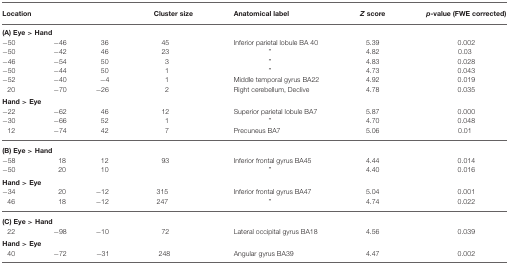
<table><thead><tr><td colspan="3"><b>Location</b></td><td><b>Cluster size</b></td><td><b>Anatomical label</b></td><td><b><i>Z</i> score</b></td><td><b><i>p</i>-value (FWE corrected)</b></td></tr></thead><tbody><tr><td><b>(A) Eye &gt; Hand</b></td></tr><tr><td>−50</td><td>−46</td><td>36</td><td>45</td><td>Inferior parietal lobule BA 40</td><td>5.39</td><td>0.002</td></tr><tr><td>−50</td><td>−42</td><td>46</td><td>23</td><td>”</td><td>4.82</td><td>0.03</td></tr><tr><td>−46</td><td>−54</td><td>50</td><td>3</td><td>”</td><td>4.83</td><td>0.028</td></tr><tr><td>−50</td><td>−44</td><td>50</td><td>1</td><td>”</td><td>4.73</td><td>0.043</td></tr><tr><td>−52</td><td>−40</td><td>−4</td><td>1</td><td>Middle temporal gyrus BA22</td><td>4.92</td><td>0.019</td></tr><tr><td>20</td><td>−70</td><td>−26</td><td>2</td><td>Right cerebellum, Declive</td><td>4.78</td><td>0.035</td></tr><tr><td><b>Hand &gt; Eye</b></td></tr><tr><td>−22</td><td>−62</td><td>46</td><td>12</td><td>Superior parietal lobule BA7</td><td>5.87</td><td>0.000</td></tr><tr><td>−30</td><td>−66</td><td>52</td><td>1</td><td>”</td><td>4.70</td><td>0.048</td></tr><tr><td>12</td><td>−74</td><td>42</td><td>7</td><td>Precuneus BA7</td><td>5.06</td><td>0.01</td></tr><tr><td><b>(B) Eye &gt; Hand</b></td></tr><tr><td>−58</td><td>18</td><td>12</td><td>93</td><td>Inferior frontal gyrus BA45</td><td>4.44</td><td>0.014</td></tr><tr><td>−50</td><td>20</td><td>10</td><td></td><td>”</td><td>4.40</td><td>0.016</td></tr><tr><td><b>Hand &gt; Eye</b></td></tr><tr><td>−34</td><td>20</td><td>−12</td><td>315</td><td>Inferior frontal gyrus BA47</td><td>5.04</td><td>0.001</td></tr><tr><td>46</td><td>18</td><td>−12</td><td>247</td><td>”</td><td>4.74</td><td>0.022</td></tr><tr><td><b>(C) Eye &gt; Hand</b></td></tr><tr><td>22</td><td>−98</td><td>−10</td><td>72</td><td>Lateral occipital gyrus BA18</td><td>4.56</td><td>0.039</td></tr><tr><td><b>Hand &gt; Eye</b></td></tr><tr><td>40</td><td>−72</td><td>−31</td><td>248</td><td>Angular gyrus BA39</td><td>4.47</td><td>0.002</td></tr></tbody></table>